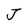
Character: J